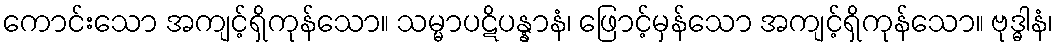
ကောင်းသော အကျင့်ရှိကုန်သော။ သမ္မာပဋိပန္နာနံ၊ ဖြောင့်မှန်သော အကျင့်ရှိကုန်သော။ ဗုဒ္ဓါနံ၊